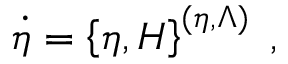
\dot { \eta } = \left\{ \eta , H \right\} ^ { ( \eta , \Lambda ) } \; ,